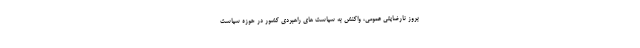
بروز نارضایتی عمومی، واکنش به سیاست های راهبردی کشور در حوزه سیاست